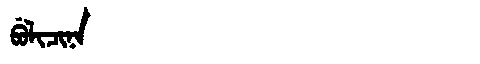
Manchu: ᠪᡠᠯᡳᠴᡳᠨᠠ
Romanization: BULICINA